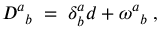
D ^ { a } { } _ { b } \; = \; \delta _ { b } ^ { a } d + \omega ^ { a } { } _ { b } \; ,